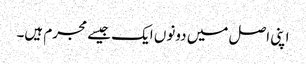
اپنی اصل میں دونوں ایک جیسے مجرم ہیں۔